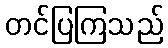
တင်ပြကြသည်